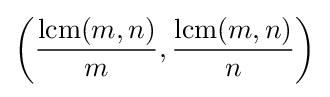
\left({\frac {\operatorname {lcm} (m,n)}{m}},{\frac {\operatorname {lcm} (m,n)}{n}}\right)